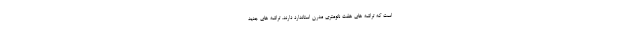
است که تراشه های هفت نانومتری مدرن استاندارد دارند. تراشه های جدید